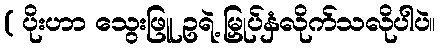
( ပိုးဟာ သွေးဖြူ ဥရဲ့ မြှုပ်နှံလိုက်သလိုပါပဲ။